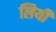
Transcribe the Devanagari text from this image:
लियी